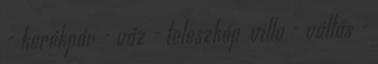
- kerékpár - váz - teleszkóp villa - váltás -